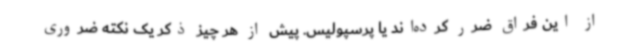
از این فراق ضرر کرده‌اند یا پرسپولیس. پیش از هر چیز ذکر یک نکته ضروری